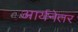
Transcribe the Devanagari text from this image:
आर्यनेतर